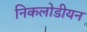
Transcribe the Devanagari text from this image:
निकलोडीयन